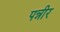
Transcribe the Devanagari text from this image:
पन्नीर